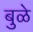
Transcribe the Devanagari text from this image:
बुळे